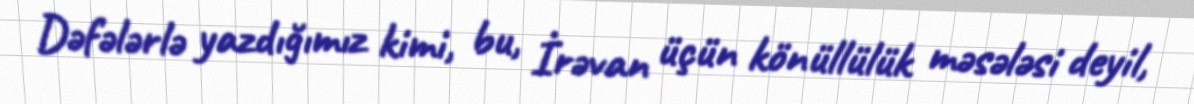
Dəfələrlə yazdığımız kimi, bu, İrəvan üçün könüllülük məsələsi deyil,